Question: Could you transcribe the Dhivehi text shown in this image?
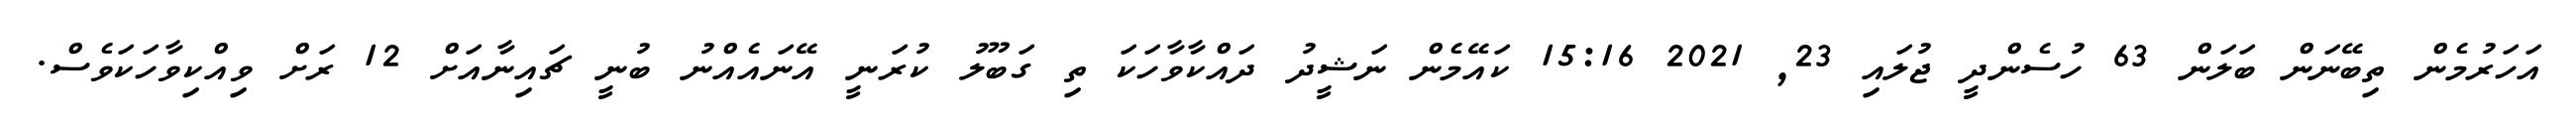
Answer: އަހަރުމެން ތިބޭނަން ބަލަން 63 ހުސެންދީ ޖުލައި 23, 2021 15:16 ކައޭމެން ނަޝީދު ދައްކާވާހަކަ ތި ގަބޫލު ކުރަނީ އޭނައެއްނު ބުނީ ޗައިނާއަށް 12 ރަށް ވިއްކިވާހަކަވެސް.